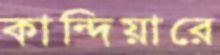
কান্দিয়ারে